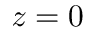
z = 0